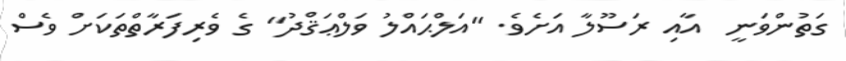
ގަތުންވަނީ  އާއި ރަސޫލާ އަށެވެ. "އަލްޙައްލު ވަލްޢަޤްދު" ގެ ވެރިފަރާތްތަކަށް ވެސް